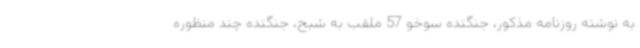
به نوشته روزنامه مذکور، جنگنده سوخو 57 ملقب به شبح، جنگنده چند منظوره